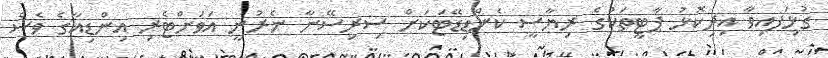
ގުޅިަފއިވާ އިދިކޮޅު ޕާޓީތަކުގެ ރިޔާސީ ކެންޑިޑޭޓަކަށް ސިރިސޭނާ ނެރުނީ އަވަށްޓެރި އިންޑިއާގެ ވެސް